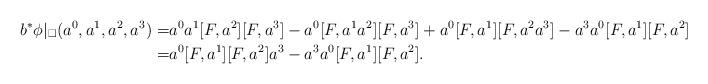
LaTeX: \begin{align*}b^{*} \phi |_{\square}(a^{0}, a^{1}, a^{2}, a^{3}) =& a^{0}a^{1}[F,a^{2}][F, a^{3}] - a^{0}[F,a^{1}a^{2}][F,a^{3}] + a^{0}[F,a^{1}][F,a^{2}a^{3}] - a^{3}a^{0}[F,a^{1}][F,a^{2}] \\ =& a^{0}[F,a^{1}][F,a^{2}]a^{3} - a^{3}a^{0}[F,a^{1}][F,a^{2}].\end{align*}